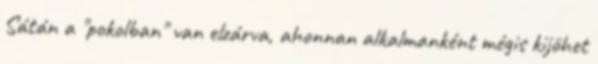
Sátán a "pokolban" van elzárva, ahonnan alkalmanként mégis kijöhet